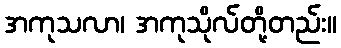
အကုသလာ၊ အကုသိုလ်တို့တည်း။